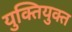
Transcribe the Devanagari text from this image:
युक्‍ितयुक्‍त